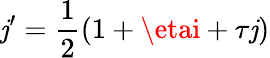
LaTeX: \mathit{j}^{\prime}={\frac{{1}}{{2}}}(1+\etai+\tau\mathit{j})